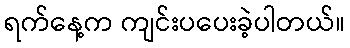
ရက်နေ့က ကျင်းပပေးခဲ့ပါတယ်။